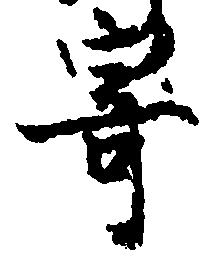
寄